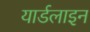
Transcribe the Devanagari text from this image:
यार्डलाइन